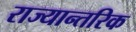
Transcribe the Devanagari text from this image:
राज्यान्तरिक